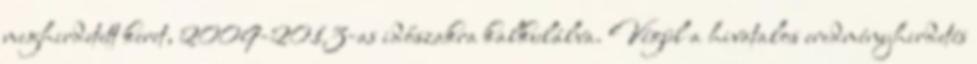
meghirdetett keret, 2009-2013-as időszakra kalkulálva. Végül a hivatalos eredményhirdetés